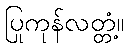
ပြုကုန်လတ္တံ့။